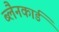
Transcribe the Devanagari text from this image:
ब्लैनकार्ड